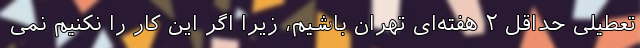
تعطیلی حداقل ۲ هفته‌ای تهران باشیم، زیرا اگر این کار را نکنیم نمی